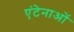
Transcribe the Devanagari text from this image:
एंटेनाओं